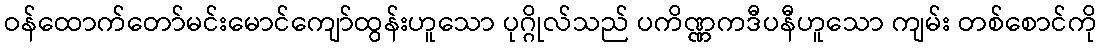
ဝန်ထောက်တော်မင်းမောင်ကျော်ထွန်းဟူသော ပုဂ္ဂိုလ်သည် ပကိဏ္ဏကဒီပနီဟူသော ကျမ်း တစ်စောင်ကို